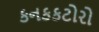
કનકકટોરો